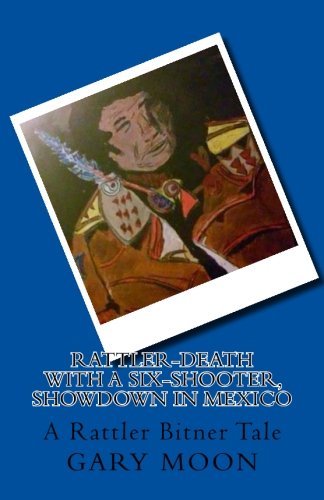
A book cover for Rattler-Death with a Six-Shooter, Showdown in Mexico (Rattler Bitner Tales) (Volume 6); Mr Gary Moon Jr; Teen & Young Adult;